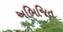
અભિજિત